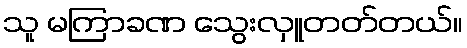
သူ မကြာခဏ သွေးလှူတတ်တယ်။